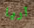
آريا